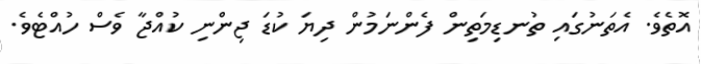
އޮތެވެ. އެތަނުގައި ތުނޑިމަތިން ފެންނަމުން ދިޔަ ކުޑަ ޖިންނި ކުއްޖާ ވެސް ހުއްޓެވެ.